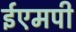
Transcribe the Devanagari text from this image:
ईएमपी